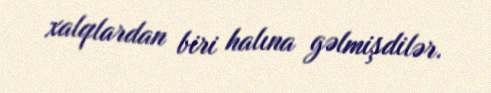
xalqlardan biri halına gəlmişdilər.